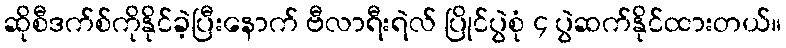
ဆိုစီဒက်စ်ကိုနိုင်ခဲ့ပြီးနောက် ဗီလာရီးရဲလ် ပြိုင်ပွဲစုံ ၄ ပွဲဆက်နိုင်ထားတယ်။